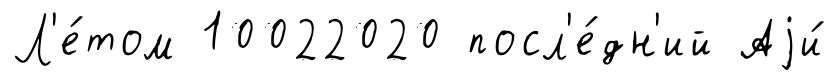
Л'е́том 10022020 посл'е́дн'ий Аjи́